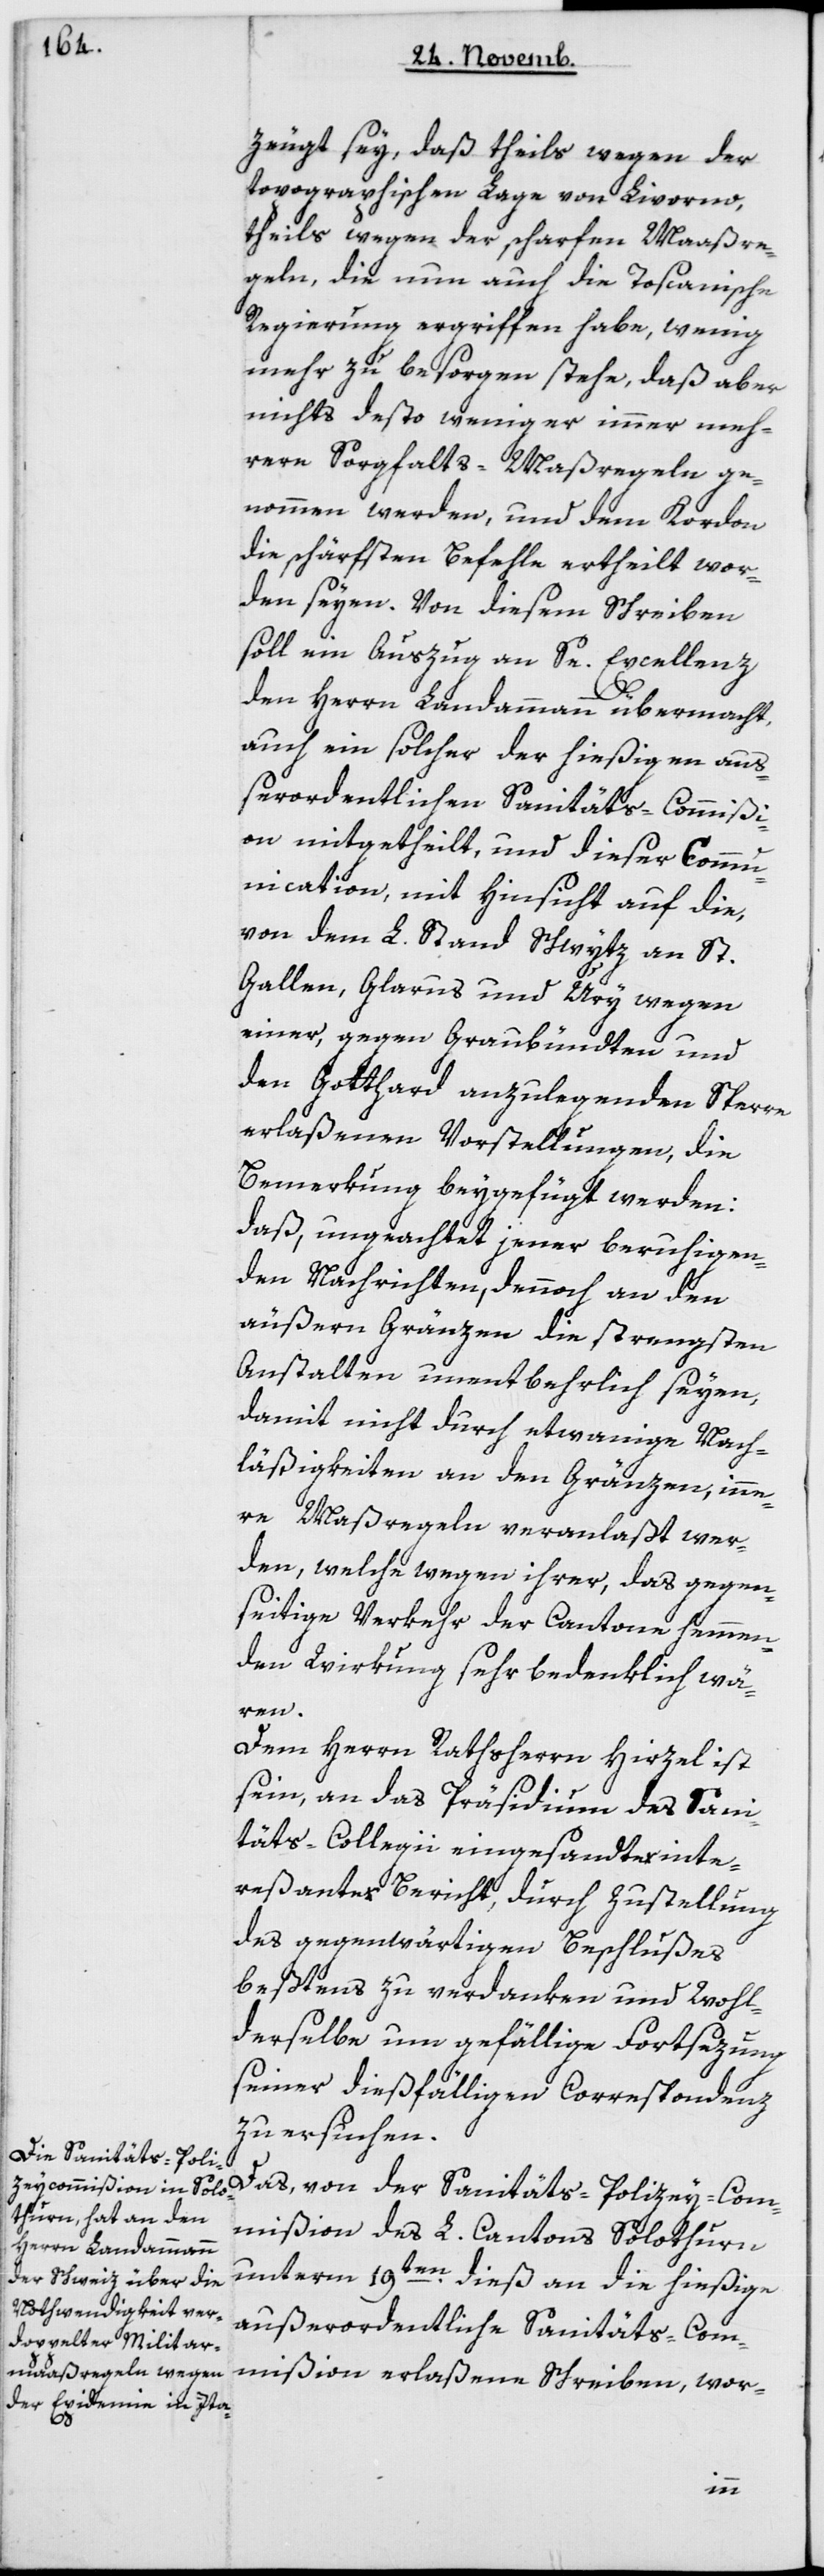
zeugt sey, daß theils wegen der
topographischen Lage von Livorno,
theils wegen der scharfen Maaßre¬
geln, die nun auch die Toscanische
Regierung ergriffen habe, wenig
mehr zu besorgen stehe, daß aber
nichts desto weniger immer meh¬
rere Sorgfalts-Maßregeln ge¬
nommen werden, und dem Kordon
die schärfsten Befehle ertheilt wor¬
den seyen. Von diesem Schreiben
soll ein Auszug an Se Excellenz
den Herrn Landammann übermacht,
auch ein solcher der hießigen auß¬
erordentlichen Sanitäts-Commißi¬
on mitgetheilt, und dieser Commu¬
nication, mit Hinsicht auf die
von dem L. Stand Schwytz an St.
Gallen, Glarus und Ury wegen
einer, gegen Graubündten und
den Gotthard anzulegenden Sperre
erlaßenen Vorstellungen, die
Bemerkung beygefügt werden,
daß ungeachtet jener beruhigen¬
den Nachrichten, dennoch an den
äußeren Gränzen die strengsten
Anstalten unentbehrlich seyen,
damit nicht durch etwanige Nach¬
läßigkeiten an den Gränzen, inne¬
re Maßregeln veranlaßt wer¬
den, welche wegen ihrer, das gegen¬
seitige Verkehr der Cantone hemmend¬
wären.
Dem Herrn Rathsherrn Hirzel ist
sein, an das Präsidium des Sani¬
täts-Collegii eingesandte inte¬
reßante Bericht, durch Zustellung
des gegenwärtigen Beschlußes
beßtens zu verdanken und Wohl¬
derselbe um gefällige Fortsezung
seiner dießfälligen Correspondenz
zu ersuchen.
Das von der Sanitäts-Polizey-Com¬
mißion des L. Cantons Solothurn
unterm 19ten dieß an die hießige
außerordentliche Sanitäts-Com¬
mißion erlaßene Schreiben, wor-
en